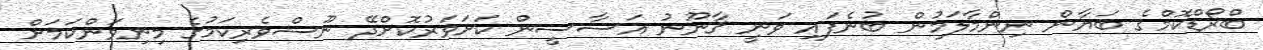
ބްރޯޑްކޮމްގެ ބަޔާން ނިންމާލަމުން ބުނެފައި ވަނީ ޤާނޫނު އަސާސީން ކަށަވަރުކޮށްދޭ ނޫސްވެރިކަމުގެ މިނިވަންކަމަށް